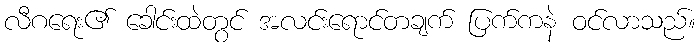
လီဂရေး၏ ခေါင်းထဲတွင် အလင်းရောင်တချက် ပြက်ကနဲ ဝင်လာသည်။